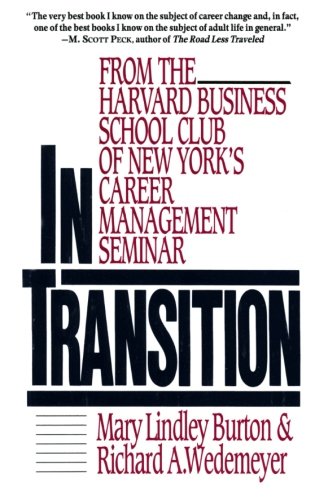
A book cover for In Transition: From the Harvard Business School Club of New York's Career Management Seminar; Mary Lindley Burton; Education & Teaching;